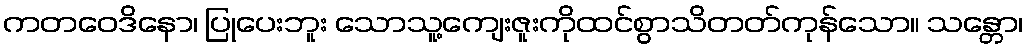
ကတဝေဒိနော၊ ပြုပေးဘူး သောသူ့ကျေးဇူးကိုထင်စွာသိတတ်ကုန်သော။ သန္တော၊